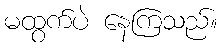
မထွက်ပဲ နေကြသည်။